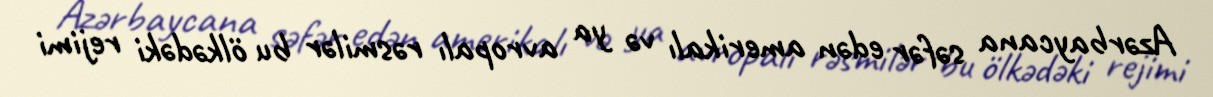
Azərbaycana səfər edən amerikalı və ya avropalı rəsmilər bu ölkədəki rejimi